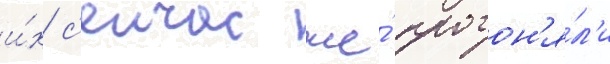
и́х с'еичас же́ прогон'я́л'и